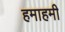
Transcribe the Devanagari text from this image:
हमाहमी